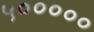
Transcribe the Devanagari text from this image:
५०००००